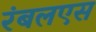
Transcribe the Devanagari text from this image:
रंबलएस